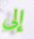
إلى